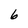
Character: 6